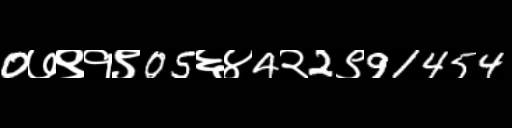
Text: 0७९१९05६४4२2९91454